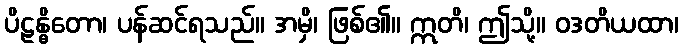
ပိဠန္ဓိတော၊ ပန်ဆင်ရသည်။ အမှိ၊ ဖြစ်၏။ ဣတိ၊ ဤသို့။ ဝဒတိယထာ၊